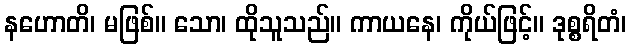
နဟောတိ၊ မဖြစ်။ သော၊ ထိုသူသည်။ ကာယနေ၊ ကိုယ်ဖြင့်။ ဒုစ္စရိတံ၊